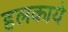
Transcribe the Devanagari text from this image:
हलकाये